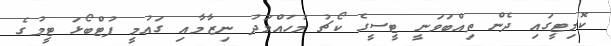
ކޮމިޓީގައި ދެން ތިއްބަވަނީ ޓީސީގެ ކޯޗު މުހައްމަދު ނިޒާމާއި ގައުމީ ފުޓްބޯޅަ ޓީމުގެ